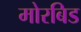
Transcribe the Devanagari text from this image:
मोरबिड